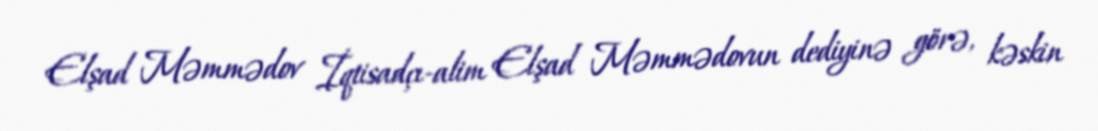
Elşad Məmmədov İqtisadçı-alim Elşad Məmmədovun dediyinə görə, kəskin